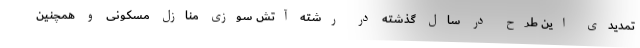
تمدیدی این طرح در سال گذشته در رشته آتش سوزی منازل مسکونی و همچنین